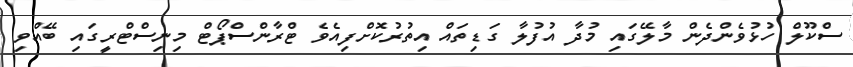
ސްކޫލް ހުޅުވެންދެން މާލޭގައި މުދާ އުފުލާ ގަޑިތައް އިތުރުކޮށްފިއެވެ ޓްރާންސްޕޯޓް މިނިސްޓްރީގައި ބޭއްވި